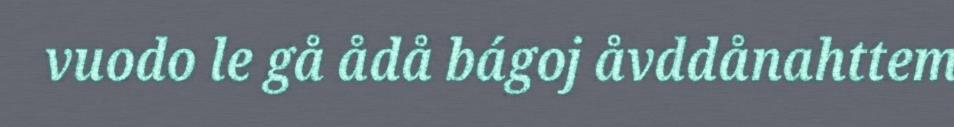
vuodo le gå ådå bágoj åvddånahttem